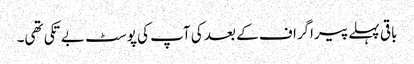
باقی پہلے پیراگراف کے بعد کی آپ کی پوسٹ بے تکی تھی۔